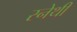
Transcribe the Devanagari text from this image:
स्नेथी